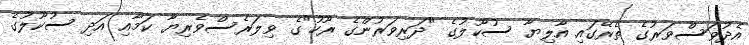
އެދުވަސްވަރުގެ ތެރޭގައި އާލިޔާ ސުކޫލުގެ "ދަރިވަރުންގެ ރޫހު"ގެ ވިލަރެސްވެރިޔާ ކަމާއި އަދި ސުކޫލުގެ